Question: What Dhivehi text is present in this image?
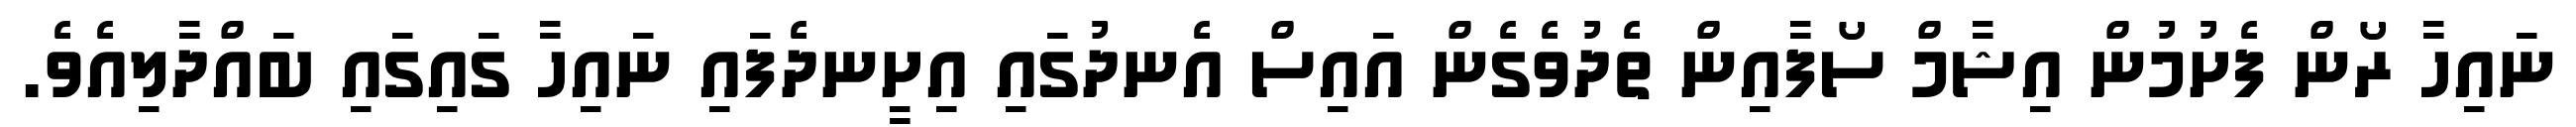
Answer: ނައިހާ ރޯން ފެށުމުން އިޝާމް ސޯފާއިން ތެދުވެގެން އައިސް އެނދުގައި އިށީނދެފައި ނައިހާ ގައިގައި ބައްދާލިއެވެ.